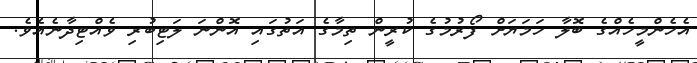
އެހެންމީހެއްގެ ބޮލާ ހަމަޔަށް ފޯރުމުގެ ކުރީން ތިމާގެ އަތުގައި އޮންނަ ލަޓިބުރި ވެއްޓިދާނެއެވެ.